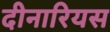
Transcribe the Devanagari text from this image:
दीनारियस